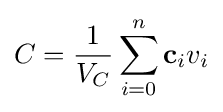
C={\frac {1}{V_{C}}}\sum _{i=0}^{n}\mathbf {c} _{i}v_{i}